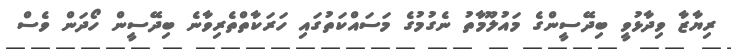
ރިޔާޒާ ވިދާޅުވީ ބިދޭސީންގެ މައުލޫމާތު ނެގުމުގެ މަސައްކަތުގައި ހަރަކާތްތެރިވާނެ ބިދޭސީން ހޯދަން ވެސް